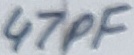
Text: 47pF